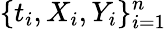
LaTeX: \{ t_{i},X_{i},Y_{i}\} _{i=1}^{n}